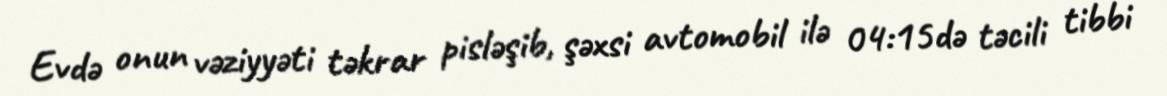
Evdə onun vəziyyəti təkrar pisləşib, şəxsi avtomobil ilə 04:15də təcili tibbi